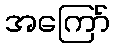
အကြော်